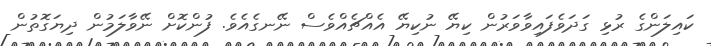
ކައިލަންގެ ރުޅި ގަދަވެފައިވާވަރުން ކިޔޭ ނުކިޔޭ އެއްޗެއްވެސް ނޭނގެއެވެ. ފުންކޮށް ނޭވާލަމުން ދިޔަގޮތުން